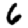
Digit: 6